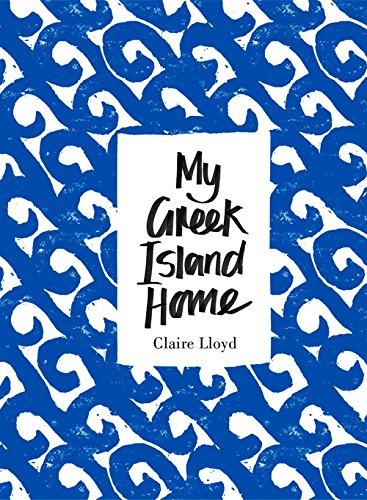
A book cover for My Greek Island Home; Claire Lloyd; Travel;